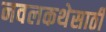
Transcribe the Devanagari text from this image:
नवलकथेसाठी